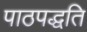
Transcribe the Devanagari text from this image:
पाठपद्धति